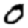
Digit: 0